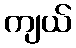
ကျယ်